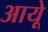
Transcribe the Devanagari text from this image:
आयूे